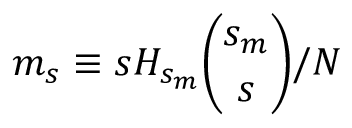
m _ { s } \equiv s H _ { s _ { m } } { \binom { s _ { m } } { s } } / N